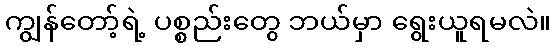
ကျွန်တော့်ရဲ့ ပစ္စည်းတွေ ဘယ်မှာ ရွေးယူရမလဲ။